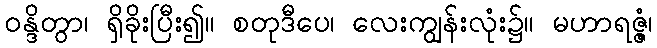
ဝန္ဒိတွာ၊ ရှိခိုးပြီး၍။ စတုဒီပေ၊ လေးကျွန်းလုံး၌။ မဟာရဇ္ဇံ၊